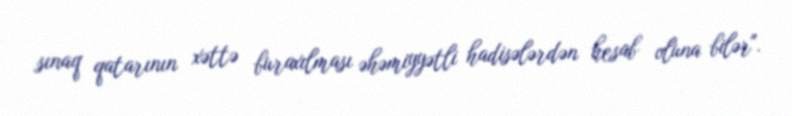
sınaq qatarının xəttə buraxılması əhəmiyyətli hadisələrdən hesab oluna bilər".